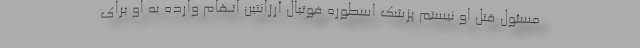
مسئول قتل او نیستم پزشک اسطوره فوتبال آرژانتین اتهام وارده به او برای